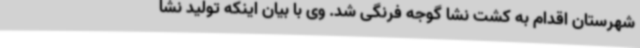
شهرستان اقدام به کشت نشا گوجه فرنگی شد. وی با بیان اینکه تولید نشا